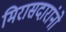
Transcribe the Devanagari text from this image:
मिरासदारांनो